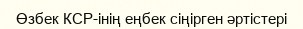
Өзбек КСР-інің еңбек сіңірген әртістері